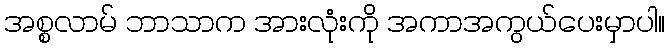
အစ္စလာမ် ဘာသာက အားလုံးကို အကာအကွယ်ပေးမှာပါ။